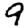
Digit: 9